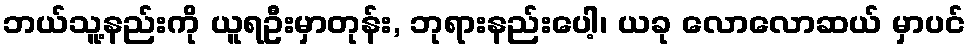
ဘယ်သူ့နည်းကို ယူရဦးမှာတုန်း, ဘုရားနည်းပေါ့၊ ယခု လောလောဆယ် မှာပင်